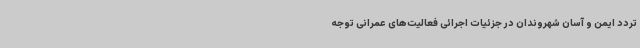
تردد ایمن و آسان شهروندان در جزئیات اجرائی فعالیت‌های عمرانی توجه